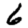
Digit: 6